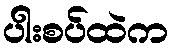
ပါးစပ်ထဲက